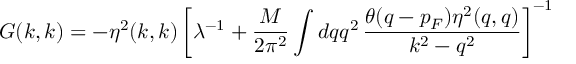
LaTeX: G ( k , k ) = - \eta ^ { 2 } ( k , k ) \left[ \lambda ^ { - 1 } + \frac { M } { 2 \pi ^ { 2 } } \int { d q q ^ { 2 } } \, \frac { \theta ( q - p _ { F } ) \eta ^ { 2 } ( q , q ) } { { k ^ { 2 } } - q ^ { 2 } } \right] ^ { - 1 }